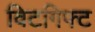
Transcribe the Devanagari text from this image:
विटगिफ्ट